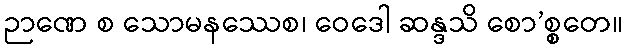
ဉာဏေ စ သောမနဿေစ၊ ဝေဒေါ ဆန္ဒသိ စော’စ္စတေ။